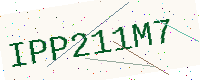
Text: IPP211M7